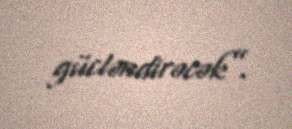
gücləndirəcək”.